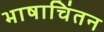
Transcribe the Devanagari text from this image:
भाषाचिंतन